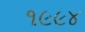
૧૯૯૪